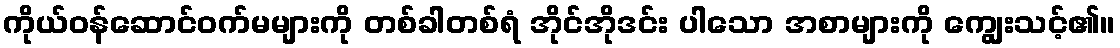
ကိုယ်ဝန်ဆောင်ဝက်မများကို တစ်ခါတစ်ရံ အိုင်အိုဒင်း ပါသော အစာများကို ကျွေးသင့်၏။